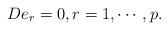
LaTeX: \begin{align*}De_r=0, r=1, \cdots, p.\end{align*}